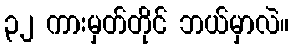
၃၂ ကားမှတ်တိုင် ဘယ်မှာလဲ။